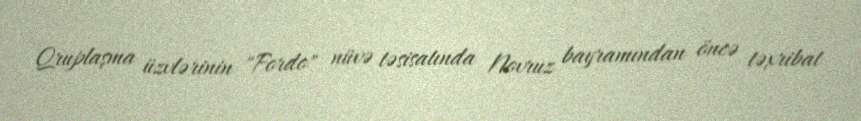
Qruplaşma üzvlərinin "Fordo" nüvə təsisatında Novruz bayramından öncə təxribat